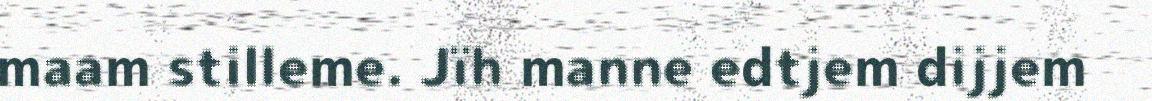
maam stilleme. Jïh manne edtjem dijjem